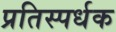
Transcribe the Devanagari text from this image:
प्रतिस्पर्धक